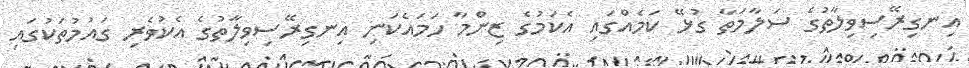
އިނގިރޭސިވިލާތުގެ ސަލާމަތާ ގުޅޭ ކަމެއްގައި އެކަމުގެ ޒިންމާ ހަމައެކަނި އިނގިރޭސިވިލާތުގެ އެކުވެރި ގައުމުތަކުގައި